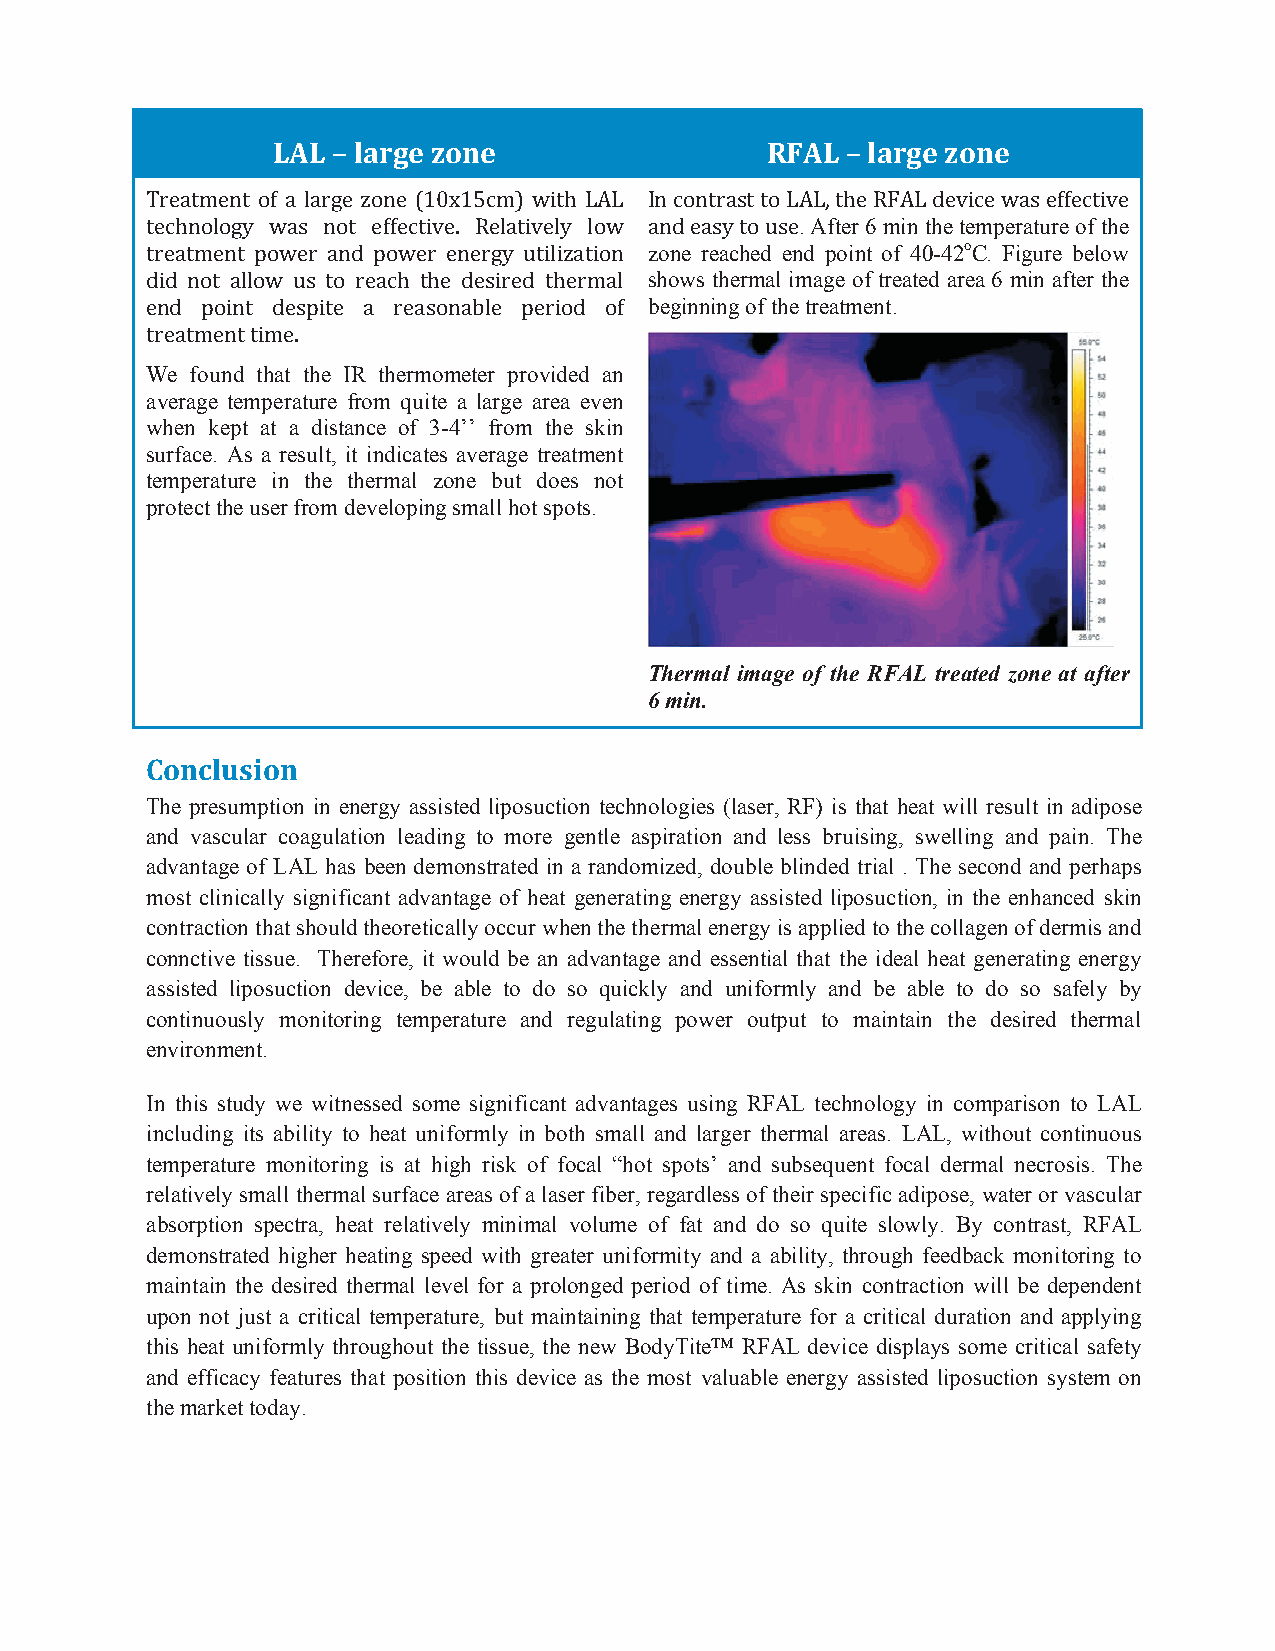
LAL!–!large!zone!                RFAL!–!large!zone!
 ,&-%.#-).*"+*%*E%&>-*G")-*6TB<TW5#7*@’.?*121* M)*5").&%(.*."*121I*.?-*8:21*3-F’5-*@%(*-++-5.’F-*
 .-5?)"E">0* @%(* )".* -++-5.’F-C* 8-E%.’F-E0* E"@* %)3*-%(0*."*4(-. After 6 min the temperature of the
 .&-%.#-).*$"@-&*%)3*$"@-&*-)-&>0*4.’E’G%.’")* zone reached end point of 40-42oC. Figure below
 3’3*)".*%EE"@*4(*."*&-%5?*.?-*3-(’&-3*.?-&#%E* shows thermal image of treated area 6 min after the
 -)3* $"’).* 3-($’.-* %* &-%(")%;E-* $-&’"3* "+* beginning of the treatment.
 .&-%.#-).*.’#-C**
 We found that the IR thermometer provided an
 average temperature from quite a large area even
 when kept at a distance of 3-4’’ from the skin
 surface. As a result, it indicates average treatment
 temperature in the thermal zone but does not
 protect the user from developing small hot spots.
 Thermal image of the RFAL treated zone at after
 6 min.
 Conclusion!
 The presumption in energy assisted liposuction technologies (laser, RF) is that heat will result in adipose
 and vascular coagulation leading to more gentle aspiration and less bruising, swelling and pain. The
 advantage of LAL has been demonstrated in a randomized, double blinded trial . The second and perhaps
 most clinically significant advantage of heat generating energy assisted liposuction, in the enhanced skin
 contraction that should theoretically occur when the thermal energy is applied to the collagen of dermis and
 connctive tissue. Therefore, it would be an advantage and essential that the ideal heat generating energy
 assisted liposuction device, be able to do so quickly and uniformly and be able to do so safely by
 continuously monitoring temperature and regulating power output to maintain the desired thermal
 environment.
 In this study we witnessed some significant advantages using RFAL technology in comparison to LAL
 including its ability to heat uniformly in both small and larger thermal areas. LAL, without continuous
 temperature monitoring is at high risk of focal “hot spots’ and subsequent focal dermal necrosis. The
 relatively small thermal surface areas of a laser fiber, regardless of their specific adipose, water or vascular
 absorption spectra, heat relatively minimal volume of fat and do so quite slowly. By contrast, RFAL
 demonstrated higher heating speed with greater uniformity and a ability, through feedback monitoring to
 maintain the desired thermal level for a prolonged period of time. As skin contraction will be dependent
 upon not just a critical temperature, but maintaining that temperature for a critical duration and applying
 this heat uniformly throughout the tissue, the new BodyTite™ RFAL device displays some critical safety
 and efficacy features that position this device as the most valuable energy assisted liposuction system on
 the market today.